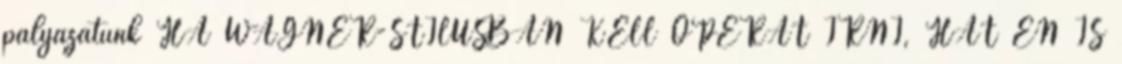
pályázatunk HA WAGNER-STÍLUSBAN KELL OPERÁT ÍRNI, HÁT ÉN IS